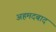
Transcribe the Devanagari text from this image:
अहमदबाद